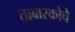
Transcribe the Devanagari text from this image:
ताबास्कोचे